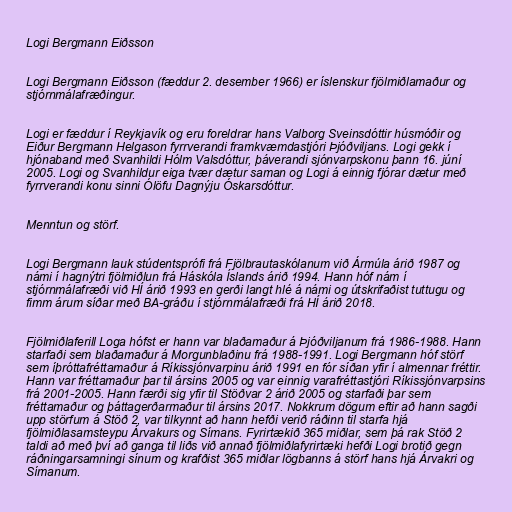
Logi Bergmann Eiðsson

Logi Bergmann Eiðsson (fæddur 2. desember 1966) er íslenskur fjölmiðlamaður og
stjórnmálafræðingur.

Logi er fæddur í Reykjavík og eru foreldrar hans Valborg Sveinsdóttir húsmóðir og
Eiður Bergmann Helgason fyrrverandi framkvæmdastjóri Þjóðviljans. Logi gekk í
hjónaband með Svanhildi Hólm Valsdóttur, þáverandi sjónvarpskonu þann 16. júní
2005. Logi og Svanhildur eiga tvær dætur saman og Logi á einnig fjórar dætur með
fyrrverandi konu sinni Ólöfu Dagnýju Óskarsdóttur.

Menntun og störf.

Logi Bergmann lauk stúdentsprófi frá Fjölbrautaskólanum við Ármúla árið 1987 og
námi í hagnýtri fjölmiðlun frá Háskóla Íslands árið 1994. Hann hóf nám í
stjórnmálafræði við HÍ árið 1993 en gerði langt hlé á námi og útskrifaðist tuttugu og
fimm árum síðar með BA-gráðu í stjórnmálafræði frá HÍ árið 2018.

Fjölmiðlaferill Loga hófst er hann var blaðamaður á Þjóðviljanum frá 1986-1988. Hann
starfaði sem blaðamaður á Morgunblaðinu frá 1988-1991. Logi Bergmann hóf störf
sem íþróttafréttamaður á Ríkissjónvarpinu árið 1991 en fór síðan yfir í almennar fréttir.
Hann var fréttamaður þar til ársins 2005 og var einnig varafréttastjóri Ríkissjónvarpsins
frá 2001-2005. Hann færði sig yfir til Stöðvar 2 árið 2005 og starfaði þar sem
fréttamaður og þáttagerðarmaður til ársins 2017. Nokkrum dögum eftir að hann sagði
upp störfum á Stöð 2, var tilkynnt að hann hefði verið ráðinn til starfa hjá
fjölmiðlasamsteypu Árvakurs og Símans. Fyrirtækið 365 miðlar, sem þá rak Stöð 2
taldi að með því að ganga til liðs við annað fjölmiðlafyrirtæki hefði Logi brotið gegn
ráðningarsamningi sínum og krafðist 365 miðlar lögbanns á störf hans hjá Árvakri og
Símanum.